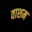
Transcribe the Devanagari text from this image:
वाशम